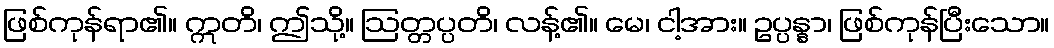
ဖြစ်ကုန်ရာ၏။ ဣတိ၊ ဤသို့။ ဩတ္တပ္ပတိ၊ လန့်၏။ မေ၊ ငါ့အား။ ဥပ္ပန္နာ၊ ဖြစ်ကုန်ပြီးသော။